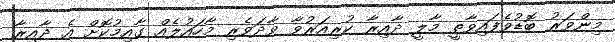
މިންވަރު ބޮޑުވެފައިވާތީ މާލީ ދާއިރާ ކުރިއަރުވާ ވާދަވެރި މާހައުލެއް ގާއިމުކޮށް އެ ދާއިރާ